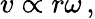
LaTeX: v\propto\! \, r\omega\, ,